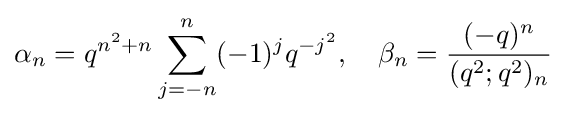
\alpha _{n}=q^{n^{2}+n}\sum _{j=-n}^{n}(-1)^{j}q^{-j^{2}},\quad \beta _{n}={\frac {(-q)^{n}}{(q^{2};q^{2})_{n}}}